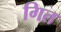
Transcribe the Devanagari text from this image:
गित